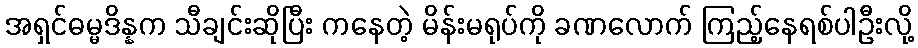
အရှင်ဓမ္မဒိန္နက သီချင်းဆိုပြီး ကနေတဲ့ မိန်းမရုပ်ကို ခဏလောက် ကြည့်နေရစ်ပါဦးလို့